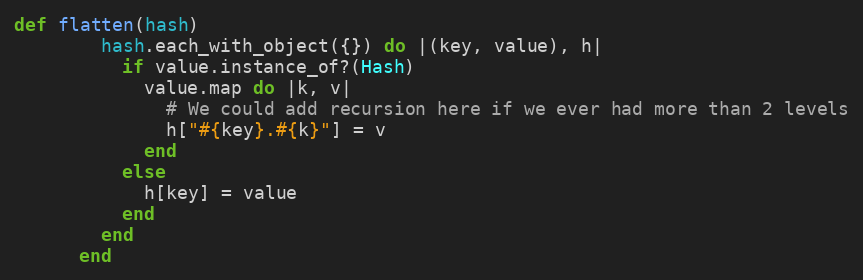
Language: Ruby
def flatten(hash)
        hash.each_with_object({}) do |(key, value), h|
          if value.instance_of?(Hash)
            value.map do |k, v|
              # We could add recursion here if we ever had more than 2 levels
              h["#{key}.#{k}"] = v
            end
          else
            h[key] = value
          end
        end
      end